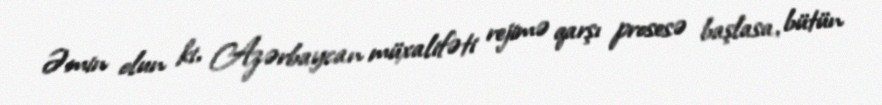
Əmin olun ki, Azərbaycan müxalifəti rejimə qarşı prosesə başlasa, bütün